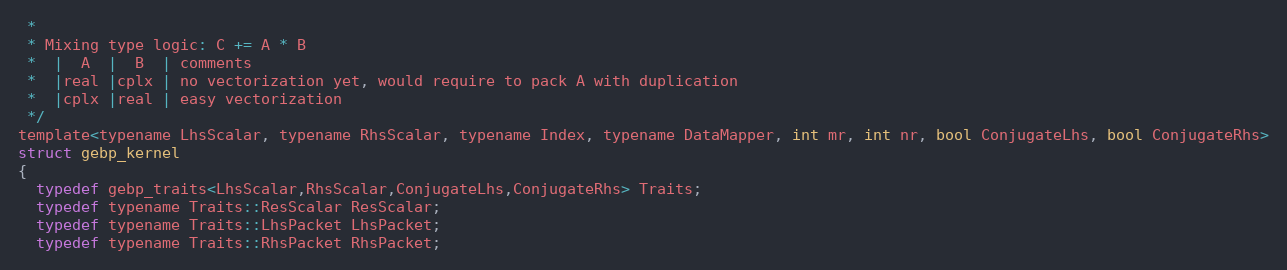
Language: C
 *
 * Mixing type logic: C += A * B
 *  |  A  |  B  | comments
 *  |real |cplx | no vectorization yet, would require to pack A with duplication
 *  |cplx |real | easy vectorization
 */
template<typename LhsScalar, typename RhsScalar, typename Index, typename DataMapper, int mr, int nr, bool ConjugateLhs, bool ConjugateRhs>
struct gebp_kernel
{
  typedef gebp_traits<LhsScalar,RhsScalar,ConjugateLhs,ConjugateRhs> Traits;
  typedef typename Traits::ResScalar ResScalar;
  typedef typename Traits::LhsPacket LhsPacket;
  typedef typename Traits::RhsPacket RhsPacket;